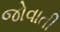
જોવાતી